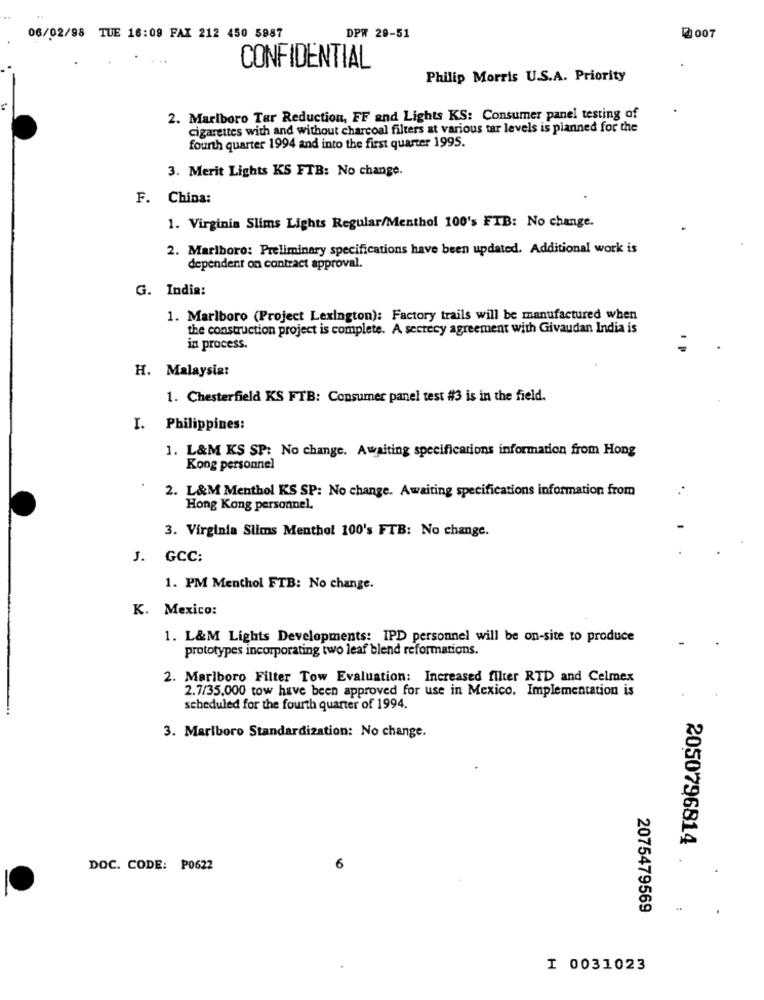
06/02/98 TUE 16:09 FAX 212 450 5987
DPW 20-51
2007
CONFIDENTIAL
Philip Morris U.S.A. Priority
2. Marlboro Tar Reduction, FF and Lights KS: Consumer panel testing of
cigarettes with and without charcoal filters at various tar levels is planned for the
fourth quarter 1994 and into the first quarter 1995.
3. Merit Lights KS FTB: No change.
F. China:
1. Virginia Slims Lights Regular/Menthol 100's FTB: No change.
2. Marlboro: Preliminary specifications have been updated. Additional work is
dependent on contract approval.
G. India:
1. Marlboro (Project Lexington): Factory trails will be manufactured when
the construction project is complete. A secrecy agreement with Givaudan India is
in process.
H. Malaysia:
1. Chesterfield KS FTB: Consumer panel test #3 is in the field.
I. Philippines:
1. L&M KS SP: No change. Awaiting specificarions information from Hong
Kong personnel
2. L&M Menthol KS SP: No change. Awaiting specifications information from
Hong Kong personnel.
3. Virginia Slims Menthol 100's FTB: No change.
J. GCC:
1. PM Menthol FTB: No change.
K. Mexico:
1. L&M Lights Developments: IPD personnel will be on-site to produce
prototypes incorporating two leaf blend reformations.
2. Marlboro Filter Tow Evaluation: Increased filter RTD and Celmex
2.7/35.000 tow have been approved for use in Mexico. Implementation is
scheduled for the fourth quarter of 1994.
3. Marlboro Standardization: No change.
2050796814
DOC. CODE: P0622
6
2075479569
I 0031023